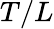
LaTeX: T/L